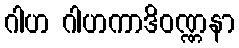
ဂါဟ ဂါဟကာဒိဝဏ္ဏနာ